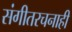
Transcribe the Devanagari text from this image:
संगीतरचनाही